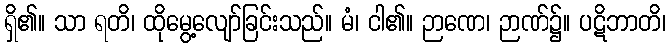
ရှိ၏။ သာ ရတိ၊ ထိုမွေ့လျော်ခြင်းသည်။ မံ၊ ငါ၏။ ဉာဏေ၊ ဉာဏ်၌။ ပဋိဘာတိ၊